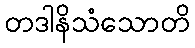
တဒါနိသံသောတိ